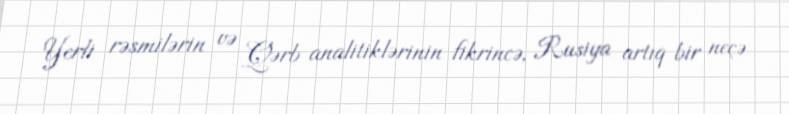
Yerli rəsmilərin və Qərb analitiklərinin fikrincə, Rusiya artıq bir neçə